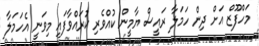
މަހްފޫޒް އަށް ދިން ހަމަލާ ރައީސް ޔާމީން ކުއްވެރި ކުރައްވާފައި މިވަނީ އެހަމަލާ